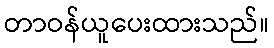
တာဝန်ယူပေးထားသည်။